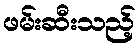
ဖမ်းဆီးသည့်